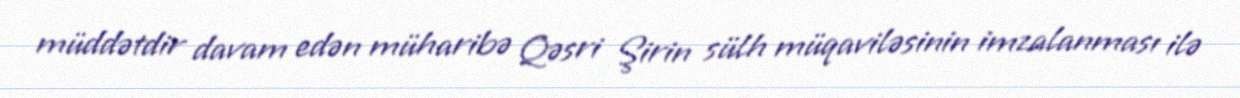
müddətdir davam edən müharibə Qəsri Şirin sülh müqaviləsinin imzalanması ilə